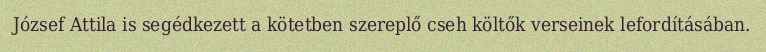
József Attila is segédkezett a kötetben szereplő cseh költők verseinek lefordításában.